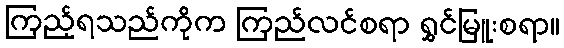
ကြည့်ရသည်ကိုက ကြည်လင်စရာ ရွှင်မြူးစရာ။